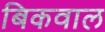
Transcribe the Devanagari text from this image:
बिकवाल